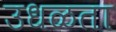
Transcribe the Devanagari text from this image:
उधळता